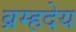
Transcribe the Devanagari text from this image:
ब्रम्हदेय